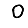
Digit: 0